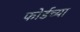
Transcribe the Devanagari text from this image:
फोर्डच्या